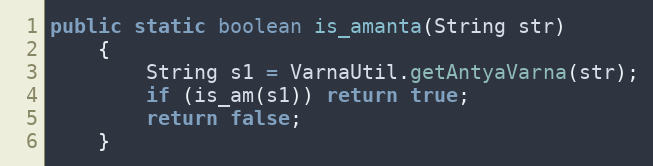
Language: Java
public static boolean is_amanta(String str)
    {
        String s1 = VarnaUtil.getAntyaVarna(str);
        if (is_am(s1)) return true;
        return false;
    }